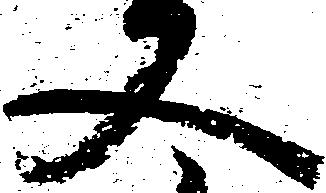
又